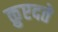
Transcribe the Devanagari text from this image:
क़ुएदते